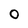
Character: 0